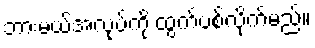
ဘားမယ်အလုပ်ကို ထွက်ပစ်လိုက်မည်။